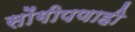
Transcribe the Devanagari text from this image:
सोंगीपणाही